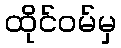
ထိုင်ဝမ်မှ